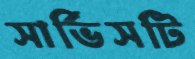
সার্ভিসটি